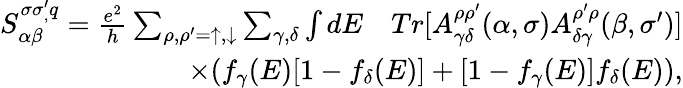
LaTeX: \begin{array}{r}{S_{\alpha\beta}^{\sigma\sigma_{,}^{\prime}q}=\frac{e^{2}}{h}\sum_{\rho,\rho^{\prime}=\uparrow,\downarrow}\sum_{\gamma,\delta}\int dE\quad Tr[A_{\gamma\delta}^{\rho\rho^{\prime}}(\alpha,\sigma)A_{\delta\gamma}^{\rho^{\prime}\rho}(\beta,\sigma^{\prime})]}\\ {\times(f_{\gamma}(E)[1-f_{\delta}(E)]+[1-f_{\gamma}(E)]f_{\delta}(E)),}\end{array}